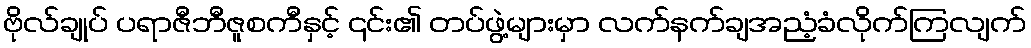
ဗိုလ်ချုပ် ပရာဇီဘီဇူစကီနှင့် ၎င်း၏ တပ်ဖွဲ့များမှာ လက်နက်ချအညံ့ခံလိုက်ကြလျက်